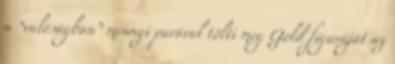
a “valóságban” mennyi parával tölti meg Gold figuráját az